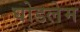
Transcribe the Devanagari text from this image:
घोडलेम